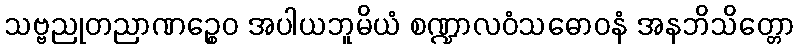
သဗ္ဗညုတညာဏဉ္စေဝ အပါယဘူမိယံ စဏ္ဍာလဝံသဓောဝနံ အနဘိသိတ္တော